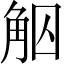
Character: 𧣕